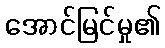
အောင်မြင်မှု၏